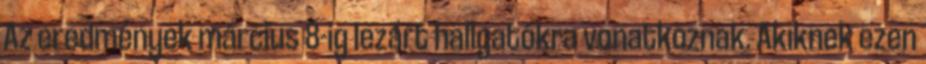
Az eredmények március 8-ig lezárt hallgatókra vonatkoznak. Akiknek ezen